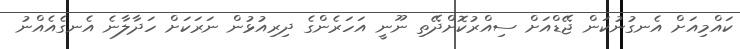
ކައްމިއަށް އެނގުނުކަން ޖޭޑްއަށް ސިއްރުކޮށްދޭތި ނޫނީ އަހަރެންގެ ދިރިއުޅުން ނަރަކަށް ހަދާލާނެ އެނގެއެއްނު